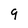
Character: 9